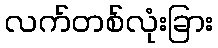
လက်တစ်လုံးခြား